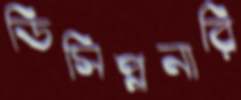
ডিসিপ্লনারি